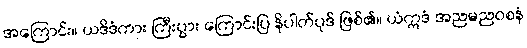
အကြောင်း။ ယဒိဒံကား ကြီးပွား ကြောင်းပြ နိပါတ်ပုဒ် ဖြစ်၏။ ယံဣဒံ အညမညဝစနံ